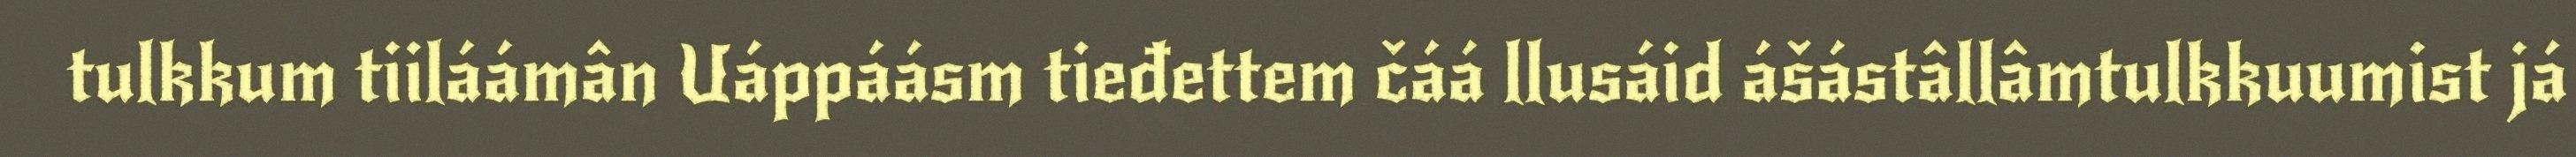
tulkkum tiiláámân Uáppáásm tieđettem čáá llusáid ášástâllâmtulkkuumist já